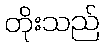
တိုးသည်